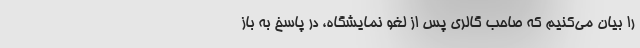
را بیان می‌کنیم که صاحب گالری‌ پس از لغو نمایشگاه، در پاسخ به باز